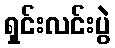
ရှင်းလင်းပွဲ